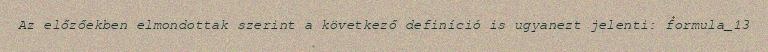
Az előzőekben elmondottak szerint a következő definíció is ugyanezt jelenti: formula_13